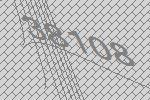
38108